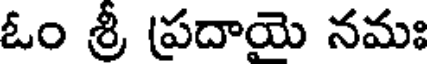
ఓం శ్రీ ప్రదాయె నమః